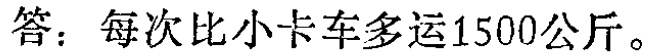
答：每次比小卡车多运1500公斤。